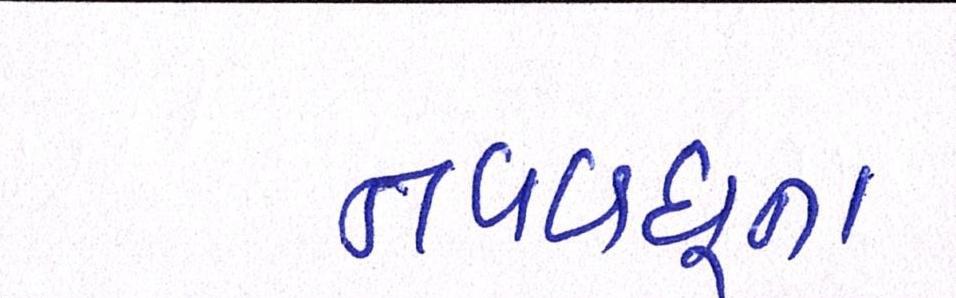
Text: નવવધૂના